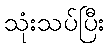
သုံးသပ်ပြီး